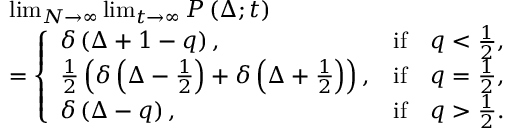
\begin{array} { r l } & { \operatorname* { l i m } _ { N \to \infty } \operatorname* { l i m } _ { t \to \infty } P \left( \Delta ; t \right) } \\ & { = \left\{ \begin{array} { l c c } { \delta \left( \Delta + 1 - q \right) , } & { \mathrm { i f } } & { q < \frac { 1 } { 2 } , } \\ { \frac { 1 } { 2 } \left( \delta \left( \Delta - \frac { 1 } { 2 } \right) + \delta \left( \Delta + \frac { 1 } { 2 } \right) \right) , } & { \mathrm { i f } } & { q = \frac { 1 } { 2 } , } \\ { \delta \left( \Delta - q \right) , } & { \mathrm { i f } } & { q > \frac { 1 } { 2 } . } \end{array} \right. } \end{array}